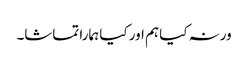
ورنہ کیا ہم اور کیا ہمارا تماشا۔